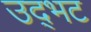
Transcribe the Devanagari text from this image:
उद्‌भट